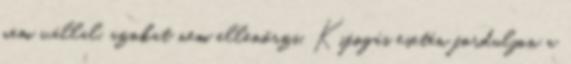
nem vállal, azokat nem ellenőrzi. Kifogás esetén forduljon a